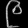
Digit: ၉